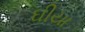
ઘીયા